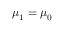
{ \boldsymbol { \mu } } _ { 1 } = { \boldsymbol { \mu } } _ { 0 }